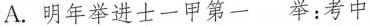
A.明年\underset{·}{举}进士一甲第一 举：考中